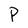
Character: P